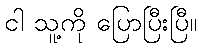
ငါ သူ့ကို ပြောပြီးပြီ။